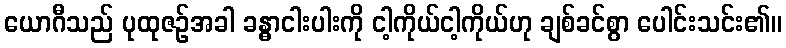
ယောဂီသည် ပုထုဇဉ်အခါ ခန္ဓာငါးပါးကို ငါ့ကိုယ်ငါ့ကိုယ်ဟု ချစ်ခင်စွာ ပေါင်းသင်း၏။